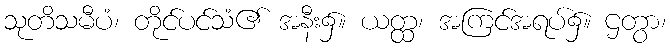
သုတိသမီပံ၊ တိုင်ပင်သံ၏ အနီး၌။ ယတ္ထ၊ အကြင်အရပ်၌။ ဌတွာ၊